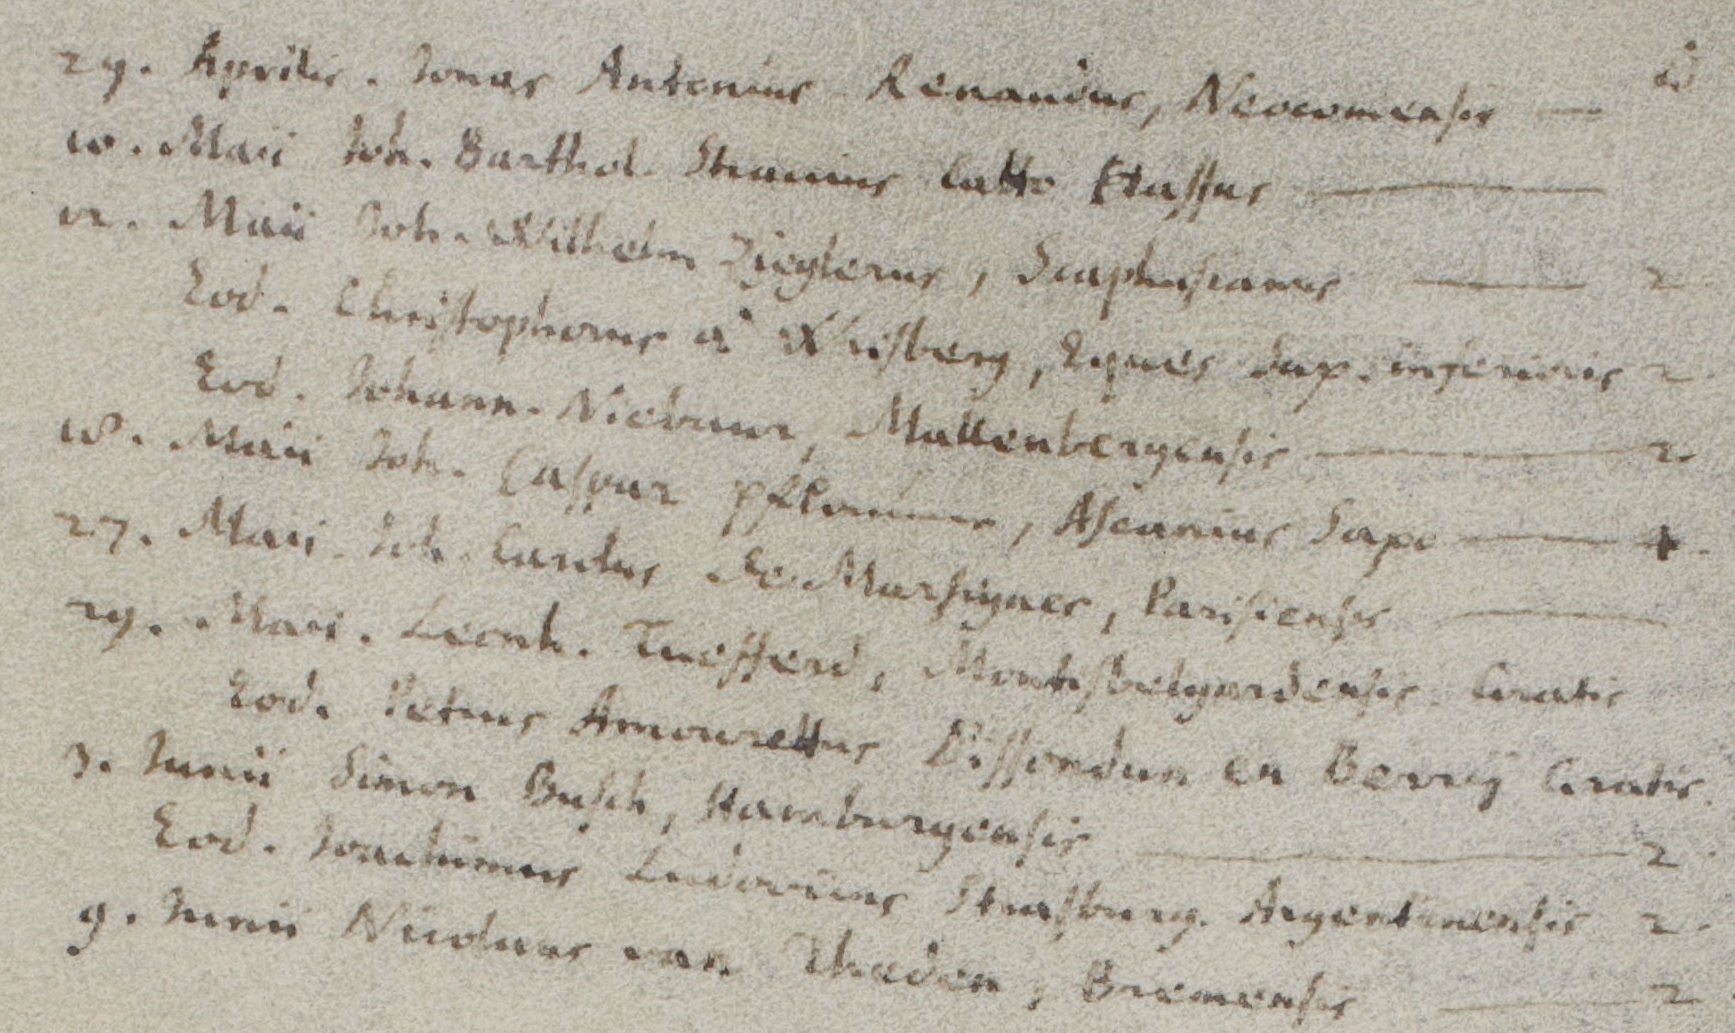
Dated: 1654–1764